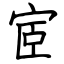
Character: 宧